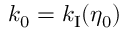
k _ { 0 } = k _ { \mathrm { I } } ( \eta _ { 0 } )